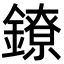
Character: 鐐